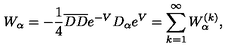
W _ { \alpha } = - \frac { 1 } { 4 } { \overline { D } } { \overline { D } } e ^ { - V } D _ { \alpha } e ^ { V } = \sum _ { k = 1 } ^ { \infty } W _ { \alpha } ^ { ( k ) } ,